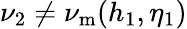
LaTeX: \nu_{2}\neq\nu_{\mathrm{m}}(h_{1},\eta_{1})